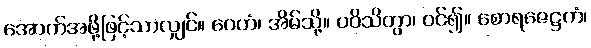
အောက်အဖို့ဖြင့်သာလျှင်။ ဂေဟံ၊ အိမ်သို့။ ပဝိသိတွာ၊ ဝင်၍။ စောရဇေဋ္ဌကံ၊